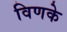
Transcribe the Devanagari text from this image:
विणके